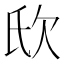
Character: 𣢎